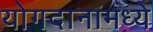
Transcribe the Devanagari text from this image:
योगदानामध्ये